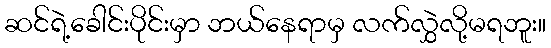
ဆင်ရဲ့ခေါင်းပိုင်းမှာ ဘယ်နေရာမှ လက်လွှဲလို့မရဘူး။